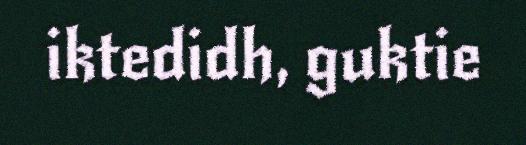
iktedidh, guktie